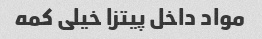
مواد داخل پیتزا خیلی کمه